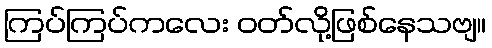
ကြပ်ကြပ်ကလေး ဝတ်လို့ဖြစ်နေသဗျ။